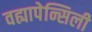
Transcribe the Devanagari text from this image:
वह्यापेन्सिली